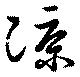
凉